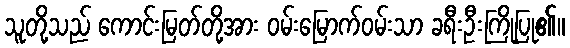
သူတို့သည် ကောင်းမြတ်တို့အား ဝမ်းမြောက်ဝမ်းသာ ခရီးဦးကြိုပြု၏။